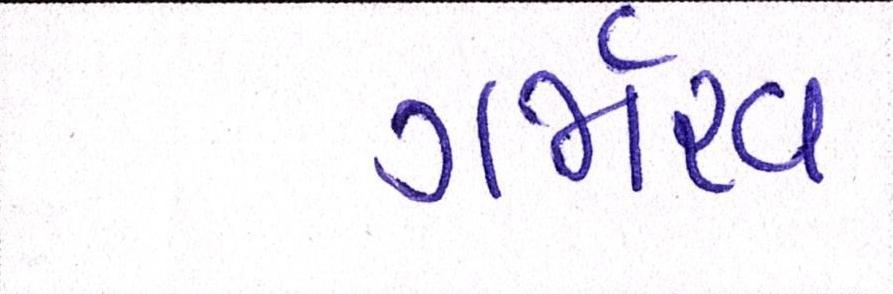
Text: ગર્જારવ